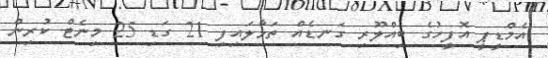
އެމްޑީޕީ އޮފީހުގެ ބިއްލޫރި ގަނޑެއް ތަޅާލައިފި 21 ގަޑި 25 މިނެޓް ކުރިން